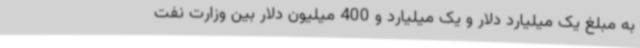
به مبلغ یک میلیارد دلار و یک میلیارد و 400 میلیون دلار بین وزارت نفت